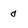
Character: 0